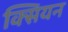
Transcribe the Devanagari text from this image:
क्सियन